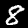
Label: 8